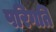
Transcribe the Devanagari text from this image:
परिगति